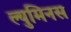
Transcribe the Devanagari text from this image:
ल्युमिनस